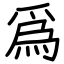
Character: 爲